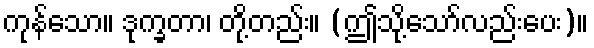
ကုန်သော။ ဒုက္ခတာ၊ တို့တည်း။ (ဤသို့သော်လည်းပေး)။